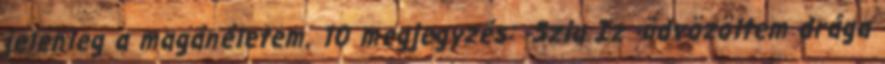
jelenleg a magánéletem. 10 megjegyzés: -Szia Iz -üdvözöltem drága